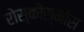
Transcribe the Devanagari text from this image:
रोस्कोस्मोस